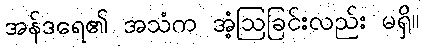
အန်ဒရေ၏ အသံက အံ့ဩခြင်းလည်း မရှိ။